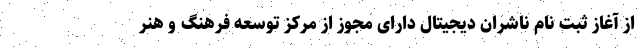
از آغاز ثبت نام ناشران دیجیتال دارای مجوز از مرکز توسعه فرهنگ و هنر